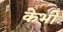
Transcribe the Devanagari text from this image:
केभी